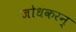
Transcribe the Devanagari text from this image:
जोधकरन्